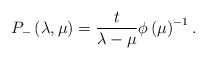
\begin{align*}P_{-}\left( \lambda ,\mu \right) =\frac t{\lambda -\mu }\phi\left( \mu \right) ^{-1}.\end{align*}